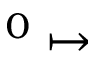
^ 0 \mapsto